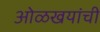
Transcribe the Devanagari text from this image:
ओळखयांची